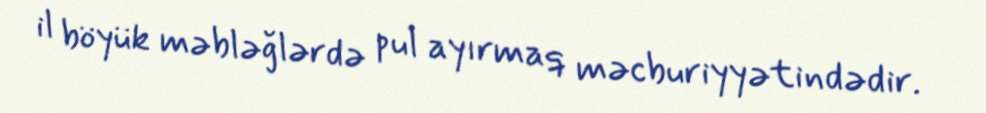
il böyük məbləğlərdə pul ayırmaq məcburiyyətindədir.